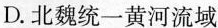
D.北魏统一黄河流域